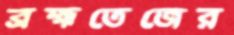
ব্রহ্মতেজের